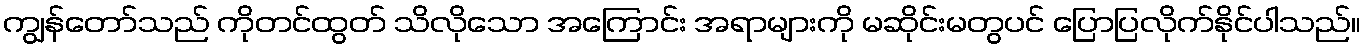
ကျွန်တော်သည် ကိုတင်ထွတ် သိလိုသော အကြောင်း အရာများကို မဆိုင်းမတွပင် ပြောပြလိုက်နိုင်ပါသည်။